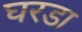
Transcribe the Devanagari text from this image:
घरडा